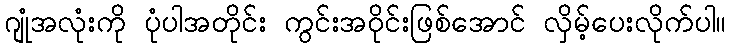
ဂျုံအလုံးကို ပုံပါအတိုင်း ကွင်းအဝိုင်းဖြစ်အောင် လှိမ့်ပေးလိုက်ပါ။